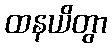
ထနယိတွာ